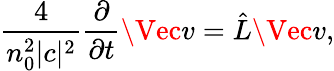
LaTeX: \frac{4}{n_{0}^{2}|c|^{2}}\frac{\partial}{\partial t}\Vec{v}=\hat{L}\Vec{v},